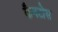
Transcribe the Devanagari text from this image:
कैनटोस